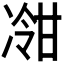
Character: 𫥕